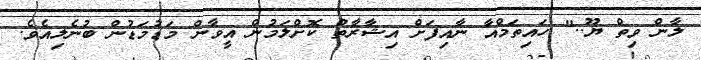
ލާން ވިތް ޔޫ.." ހައިތަމްއާ ނާއިފަށް އިޝާރާތް ކޮށްލަމުން އީވާން މަޑުމަޑުން ބުނެލިއެވެ.